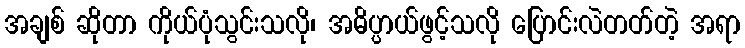
အချစ် ဆိုတာ ကိုယ်ပုံသွင်းသလို၊ အဓိပ္ပာယ်ဖွင့်သလို ပြောင်းလဲတတ်တဲ့ အရာ